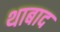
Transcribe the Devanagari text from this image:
थाबाद